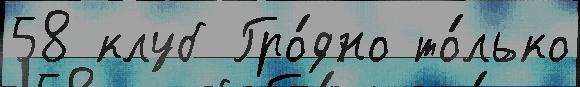
58 клуб Гро́дно то́лько